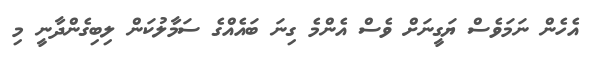
އެހެން ނަމަވެސް ޔަގީނަށް ވެސް އެންމެ ގިނަ ބައެއްގެ ސަމާލުކަން ލިބިގެންދާނީ މި